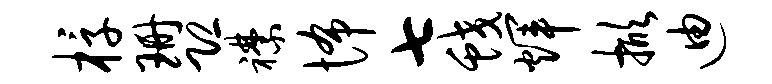
椁珊恐襟怖七蛟辉掀迪